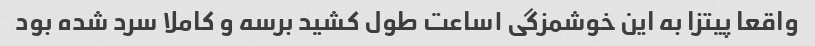
واقعا پیتزا به این خوشمزگی ۱ساعت طول کشید برسه و کاملا سرد شده بود